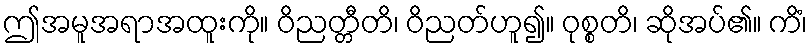
ဤအမူအရာအထူးကို။ ဝိညတ္တီတိ၊ ဝိညတ်ဟူ၍။ ဝုစ္စတိ၊ ဆိုအပ်၏။ ကိံ၊